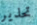
تحذير